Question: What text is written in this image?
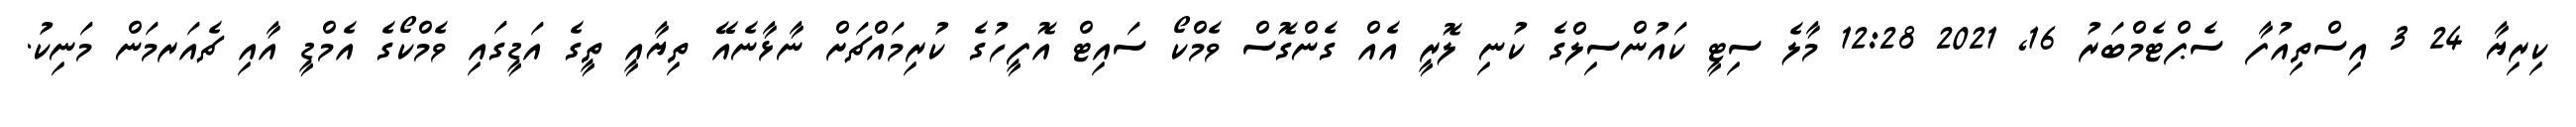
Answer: ކިރިޔާ 24 3 އިސްތިއުފާ ސެޕްޓެމްބަރު 16, 2021 12:28 މާލެ ސިޓީ ކައުންސިލްގެ ކުނި ލޮރީ އެއް ގެންގޮސް ވެމްކޯ ސައިޓް އޮފީހުގެ ކުރިމައްޗަށް ނާޅާނެއޭ ތިޔާއީ ތީގެ އަޑީގައި ވެމްކޯގެ އެމްޑީ އާއި ޗެއަރމަން މަނިކު.